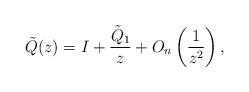
LaTeX: \begin{gather*}\tilde{Q}(z) =I + \frac{\tilde{Q}_1}{z} + O_n\left(\frac{1}{z^2}\right), \end{gather*}